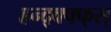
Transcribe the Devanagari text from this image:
हन्द्क्फ्फ्स्